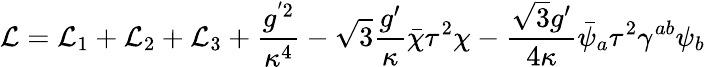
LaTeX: {\cal L}={\cal L}_{1}+{\cal L}_{2}+{\cal L}_{3}+\frac{g^{'2}}{\kappa^{4}}-\sqrt{3}\frac{g^{\prime}}{\kappa}\bar{\chi}\tau^{2}\chi-\frac{\sqrt{3}g^{\prime}}{4\kappa}\bar{\psi}_{a}\tau^{2}\gamma^{ab}\psi_{b}